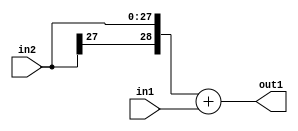
`timescale 1ps / 1ps
/*****************************************************************************
    Verilog RTL Description
    
    
    Created by: Stratus DpOpt 2019.1.01 
*******************************************************************************/

module GaussFilter_Add_28Sx1U_29S_4 (
	in2,
	in1,
	out1
	); /* architecture "behavioural" */ 
input [27:0] in2;
input  in1;
output [28:0] out1;
wire [28:0] asc001;

assign asc001 = 
	+({in2[27], in2})
	+(in1);

assign out1 = asc001;
endmodule

/* CADENCE  ubH1TAo= : u9/ySgnWtBlWxVPRXgAZ4Og= ** DO NOT EDIT THIS LINE ******/